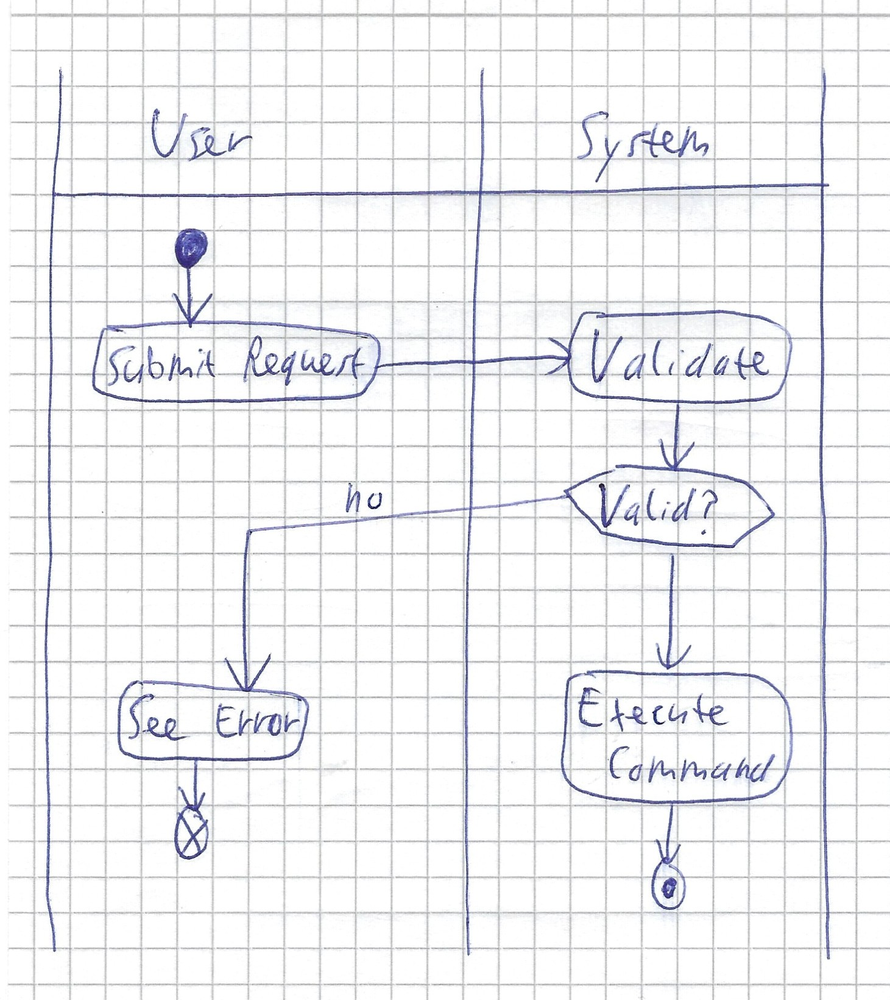
Diagram type: activity_diagram
```plantuml
@startuml

|User|
start
:Submit Request;
|System|
:Validate;
if (Valid?) then (no)
  |User|
  :See Error;
  end
endif
|System|
:Execute Command;
stop

@enduml
```